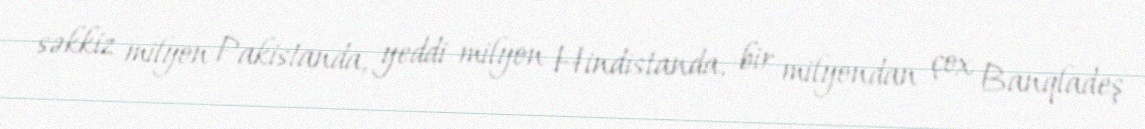
səkkiz milyon Pakistanda, yeddi milyon Hindistanda, bir milyondan çox Banqladeş